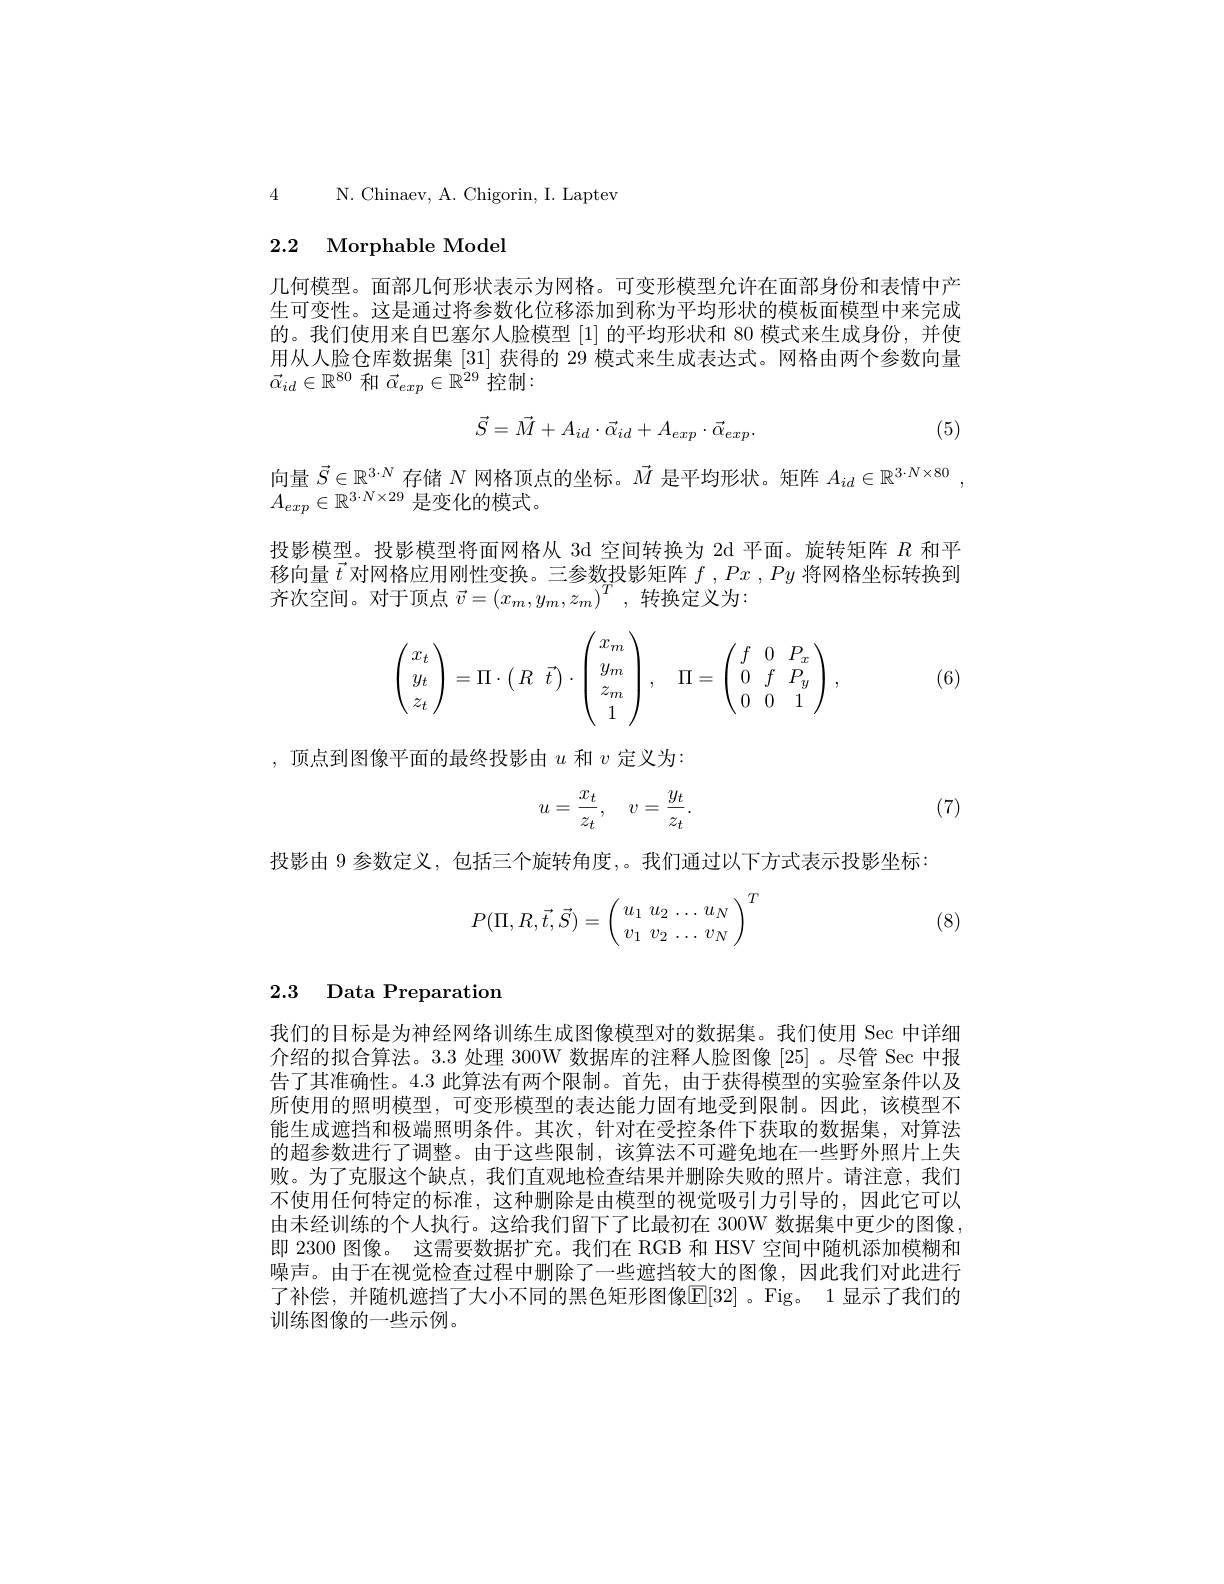
4 N. Chinaev, A. Chigorin, I. Laptev

# 2.2 Morphable Model

几何模型。面部几何形状表示为网格。可变形模型允许在面部身份和表情中产生可变性。这是通过将参数化位移添加到称为平均形状的模板面模型中来完成的。我们使用来自巴塞尔人脸模型[1]的平均形状和 80 模式来生成身份，并使用从人脸仓库数据集 [31] 获得的 29 模式来生成表达式。网格由两个参数向量$\vec{\alpha}_{id}\in\mathbb{R}^{80}$和$\vec{\alpha}_{exp}\in\mathbb{R}^{29}$控制：

(5)
$$\vec{S}=\vec{M}+A_{id}\cdot\vec{\alpha}_{id}+A_{exp}\cdot\vec{\alpha}_{exp}.$$
向量$\vec{S}\in\mathbb{R}^{3\cdot N}$存储$N$网格顶点的坐标。$\vec{M}$是平均形状。矩阵$A_id\in\mathbb{R}^{3\cdot N\times80}$
$A_{exp}\in\mathbb{R}^{3\cdot N\times29}$是变化的模式。

投影模型。投影模型将面网格从 3d 空间转换为 2d 平面。旋转矩阵$R$和平移向量$\vec{t}$对网格应用刚性变换。三参数投影矩阵$f,Px,Py$将网格坐标转换到齐次空间。对于顶点$\vec{v}=(x_m,y_m,z_m)^T$,转换定义为：
$$\begin{pmatrix}x_t\\y_t\\z_t\end{pmatrix}=\Pi\cdot\begin{pmatrix}R&\vec{t}\end{pmatrix}\cdot\begin{pmatrix}x_m\\y_m\\z_m\\1\end{pmatrix},\quad\Pi=\begin{pmatrix}f&0&P_x\\0&f&P_y\\0&0&1\end{pmatrix},$$
(6)

,顶点到图像平面的最终投影由$u$ 和 $v$ 定义为：
$$u=\dfrac{x_t}{z_t},\quad v=\dfrac{y_t}{z_t}.$$
(7)

投影由 9 参数定义，包括三个旋转角度，。我们通过以下方式表示投影坐标：
$$P(\Pi,R,\vec{t},\vec{S})=\left(\begin{array}{cc}u_1\:u_2\:\dots\:u_N\\v_1\:v_2\:\dots\:v_N\end{array}\right)^T$$
(8)

## 2.3 Data Preparation

我们的目标是为神经网络训练生成图像模型对的数据集。我们使用 Sec 中详细介绍的拟合算法。3.3 处理 300W 数据库的注释人脸图像 [25] 。尽管 Sec 中报告了其准确性。4.3 此算法有两个限制。首先，由于获得模型的实验室条件以及所使用的照明模型，可变形模型的表达能力固有地受到限制。因此，该模型不能生成遮挡和极端照明条件。其次，针对在受控条件下获取的数据集，对算法的超参数进行了调整。由于这些限制，该算法不可避免地在一些野外照片上失败。为了克服这个缺点，我们直观地检查结果并删除失败的照片。请注意，我们不使用任何特定的标准，这种删除是由模型的视觉吸引力引导的，因此它可以由未经训练的个人执行。这给我们留下了比最初在 300W 数据集中更少的图像即 2300 图像。这需要数据扩充。我们在 RGB 和 HSV 空间中随机添加模糊和噪声。由于在视觉检查过程中删除了一些遮挡较大的图像，因此我们对此进行了补偿，并随机遮挡了大小不同的黑色矩形图像$\mathbb{E}[32]$。Fig。1 显示了我们的训练图像的一些示例。